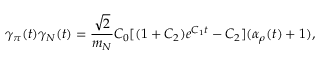
\gamma _ { \pi } ( t ) \gamma _ { N } ( t ) = \frac { \sqrt { 2 } } { m _ { N } } C _ { 0 } [ ( 1 + C _ { 2 } ) e ^ { C _ { 1 } t } - C _ { 2 } ] ( \alpha _ { \rho } ( t ) + 1 ) ,